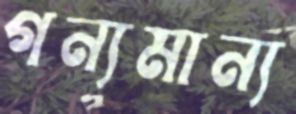
গন্যমান্য